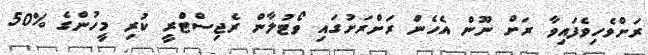
ރަށްވެހިވެފައިވާ ރަށް ނޫން އެހެން ރަށްރަށުގައި ވޯޓުލާން ރެޖިސްޓްރީ ކުރި މީހުންގެ %50